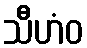
သီဟံဝ